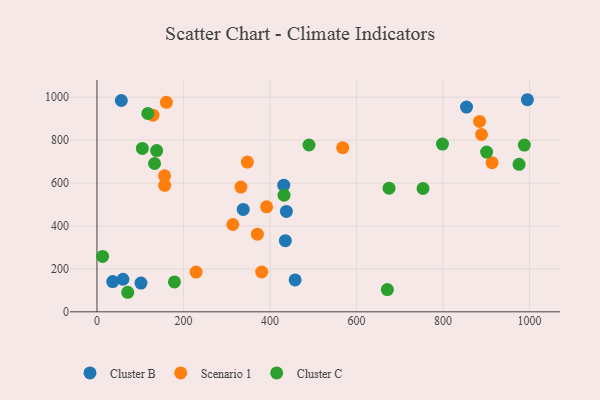
{"axis": {"x": "Study Hours", "y": "Profit"}, "legend": ["Cluster B", "Cluster C", "Scenario 1"], "data": [{"x": "458.0", "y": 148.6, "type": "Cluster B"}, {"x": "60.1", "y": 151.8, "type": "Cluster B"}, {"x": "101.7", "y": 134.1, "type": "Cluster B"}, {"x": "56.3", "y": 984.9, "type": "Cluster B"}, {"x": "338.0", "y": 477.5, "type": "Cluster B"}, {"x": "36.4", "y": 141.0, "type": "Cluster B"}, {"x": "431.7", "y": 590.1, "type": "Cluster B"}, {"x": "854.1", "y": 954.2, "type": "Cluster B"}, {"x": "435.4", "y": 331.8, "type": "Cluster B"}, {"x": "437.8", "y": 468.1, "type": "Cluster B"}, {"x": "994.8", "y": 988.6, "type": "Cluster B"}, {"x": "129.5", "y": 916.8, "type": "Scenario 1"}, {"x": "229.2", "y": 185.3, "type": "Scenario 1"}, {"x": "370.8", "y": 361.8, "type": "Scenario 1"}, {"x": "888.8", "y": 826.4, "type": "Scenario 1"}, {"x": "156.2", "y": 633.8, "type": "Scenario 1"}, {"x": "884.2", "y": 887.5, "type": "Scenario 1"}, {"x": "347.6", "y": 698.0, "type": "Scenario 1"}, {"x": "568.0", "y": 765.0, "type": "Scenario 1"}, {"x": "314.0", "y": 406.9, "type": "Scenario 1"}, {"x": "156.5", "y": 589.5, "type": "Scenario 1"}, {"x": "380.7", "y": 185.7, "type": "Scenario 1"}, {"x": "392.1", "y": 489.3, "type": "Scenario 1"}, {"x": "913.1", "y": 695.1, "type": "Scenario 1"}, {"x": "332.7", "y": 581.4, "type": "Scenario 1"}, {"x": "160.4", "y": 976.3, "type": "Scenario 1"}, {"x": "117.6", "y": 924.4, "type": "Cluster C"}, {"x": "432.4", "y": 543.5, "type": "Cluster C"}, {"x": "675.1", "y": 576.4, "type": "Cluster C"}, {"x": "13.1", "y": 258.1, "type": "Cluster C"}, {"x": "179.1", "y": 139.5, "type": "Cluster C"}, {"x": "798.5", "y": 782.1, "type": "Cluster C"}, {"x": "671.2", "y": 103.8, "type": "Cluster C"}, {"x": "138.0", "y": 751.6, "type": "Cluster C"}, {"x": "975.6", "y": 687.7, "type": "Cluster C"}, {"x": "133.1", "y": 691.4, "type": "Cluster C"}, {"x": "753.6", "y": 574.8, "type": "Cluster C"}, {"x": "71.1", "y": 91.1, "type": "Cluster C"}, {"x": "987.8", "y": 777.4, "type": "Cluster C"}, {"x": "490.1", "y": 777.5, "type": "Cluster C"}, {"x": "900.6", "y": 744.7, "type": "Cluster C"}, {"x": "104.9", "y": 761.4, "type": "Cluster C"}]}